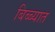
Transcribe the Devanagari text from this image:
बिब्ब्यात